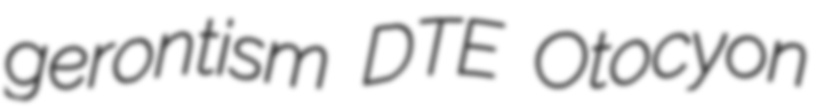
gerontism DTE Otocyon